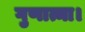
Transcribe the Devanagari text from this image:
गुणात्मा।